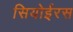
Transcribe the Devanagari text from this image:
सियोईरस